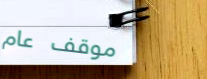
موقف عام